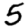
Digit: 5